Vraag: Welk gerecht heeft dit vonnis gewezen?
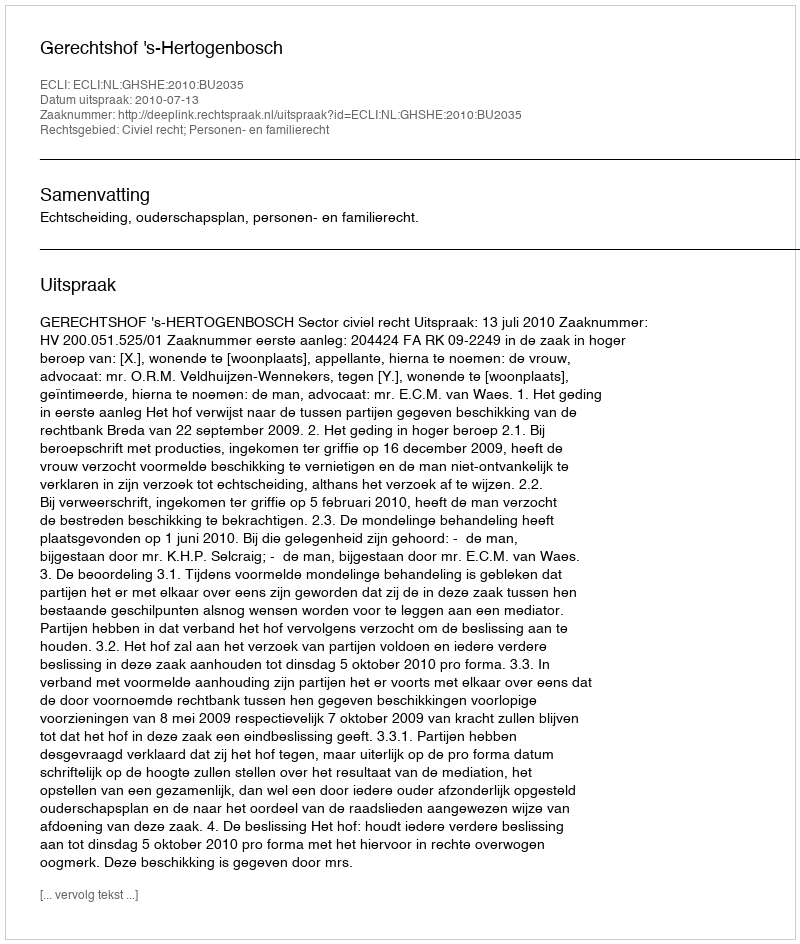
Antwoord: Gerechtshof 's-Hertogenbosch